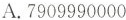
A. 7909990000